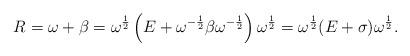
LaTeX: \begin{align*} R=\omega +\beta = \omega ^{\frac {1}{2}}\left ( E+\omega ^{-\frac {1}{2}} \beta \omega ^{-\frac {1}{2}} \right ) \omega ^{\frac {1}{2}} = \omega ^{\frac {1}{2}}(E+\sigma ) \omega ^{\frac {1}{2}}.\end{align*}